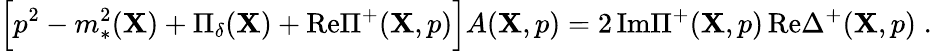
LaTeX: \Bigr[p^{2}-m_{*}^{2}(\mathbf{X})+\Pi_{\delta}(\mathbf{X})+\mathrm{{Re}}\Pi^{+}(\mathbf{X},p)\Bigl]A(\mathbf{X},p)=2\, \mathrm{{Im}}\Pi^{+}(\mathbf{X},p)\, \mathrm{{Re}}\Delta^{+}(\mathbf{X},p)\; .